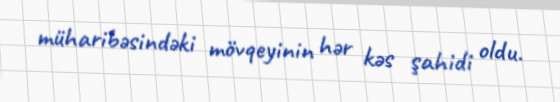
müharibəsindəki mövqeyinin hər kəs şahidi oldu.